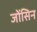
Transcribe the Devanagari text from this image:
जोंसिन